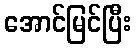
အောင်မြင်ပြီး